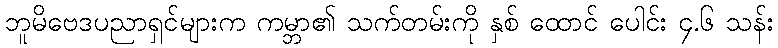
ဘူမိဗေဒပညာရှင်များက ကမ္ဘာ၏ သက်တမ်းကို နှစ် ထောင် ပေါင်း ၄.၆ သန်း